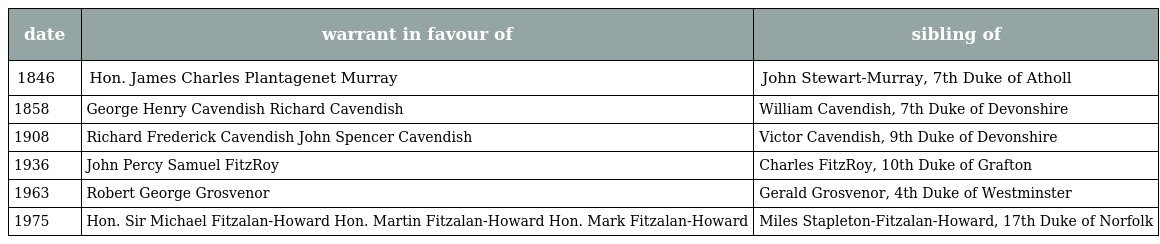
| date | warrant in favour of | sibling of |
 | --- | --- | --- |
 | 1846 | Hon. James Charles Plantagenet Murray | John Stewart-Murray, 7th Duke of Atholl |
 | 1858 | George Henry Cavendish Richard Cavendish | William Cavendish, 7th Duke of Devonshire |
 | 1908 | Richard Frederick Cavendish John Spencer Cavendish | Victor Cavendish, 9th Duke of Devonshire |
 | 1936 | John Percy Samuel FitzRoy | Charles FitzRoy, 10th Duke of Grafton |
 | 1963 | Robert George Grosvenor | Gerald Grosvenor, 4th Duke of Westminster |
 | 1975 | Hon. Sir Michael Fitzalan-Howard Hon. Martin Fitzalan-Howard Hon. Mark Fitzalan-Howard | Miles Stapleton-Fitzalan-Howard, 17th Duke of Norfolk |